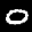
Label: 0